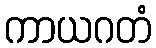
ကာယဂတံ